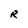
Character: R